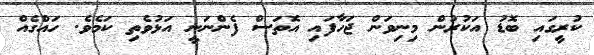
ކުރީގައި ބޮޑު އަކުރުން މިނިވަން ޖަހާފައި އޮތަސް ފެންނަނީ އަޅުވެތި ކަމެވެ. ހައްގެއް